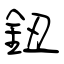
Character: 鈕